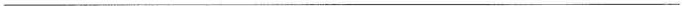
___